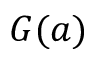
G ( a )